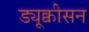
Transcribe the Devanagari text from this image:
ड्यूक्वीसन